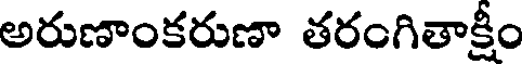
అరుణాంకరుణా తరంగితాక్షీం